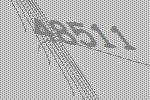
48511